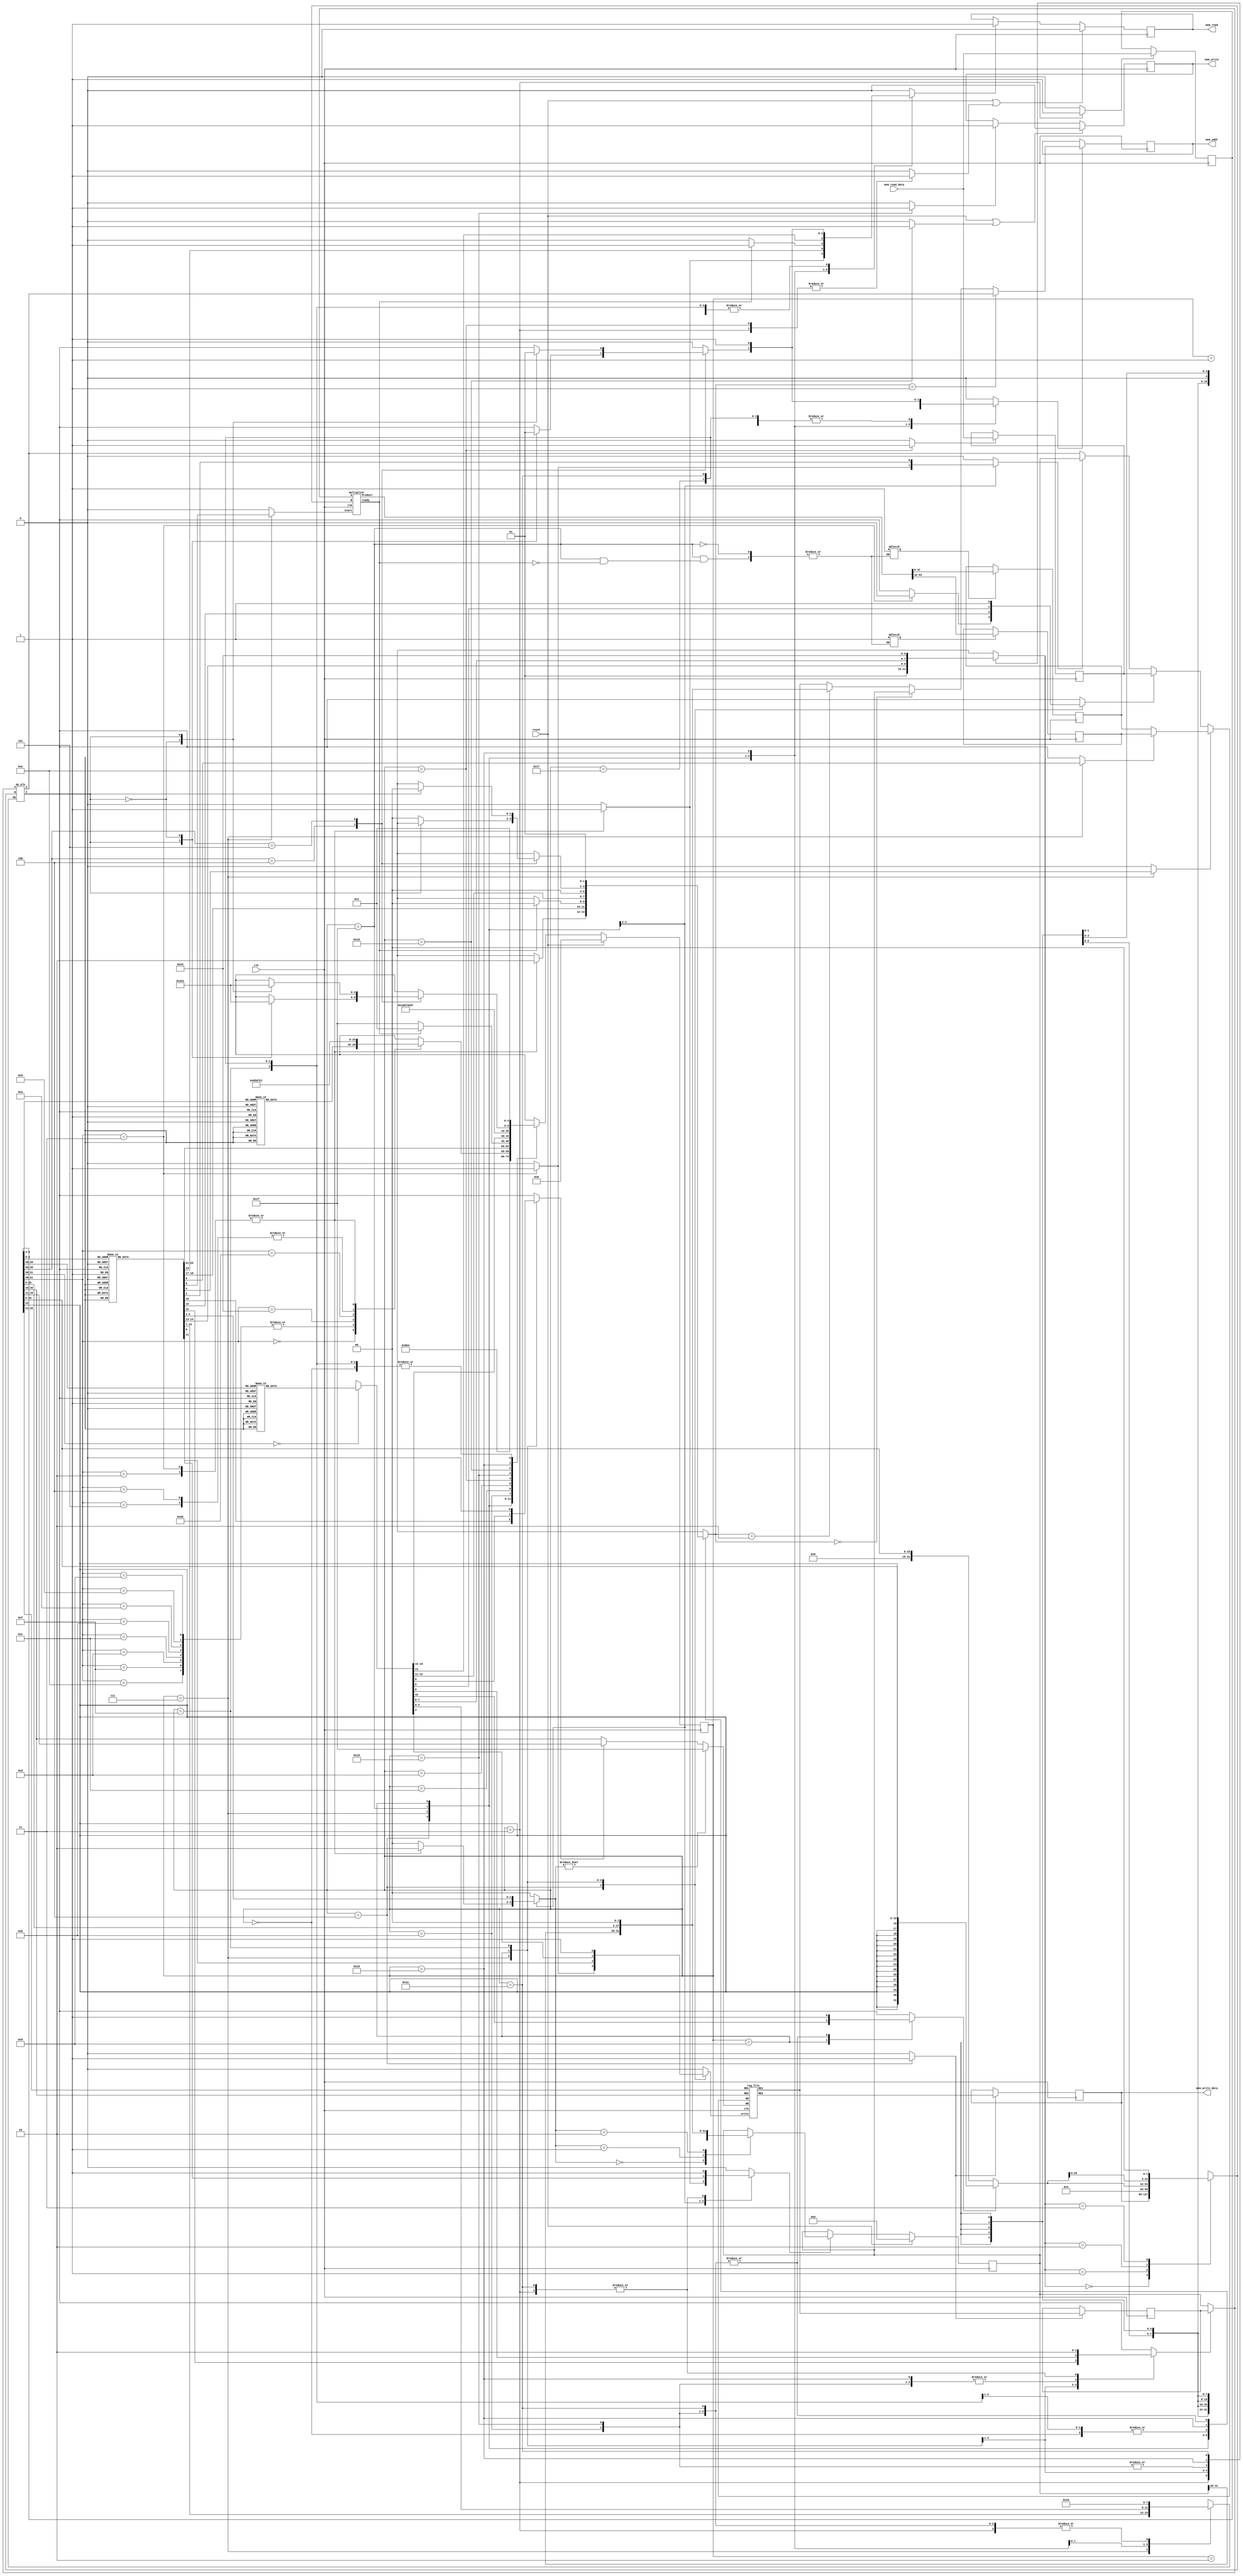

`timescale 1ns/100ps

   `define ADD  4'b0000
   `define SUB  4'b0001
   `define SLT  4'b0010
   `define SLTU 4'b0011
   `define AND  4'b0100
   `define XOR  4'b0101
   `define OR   4'b0110
   `define NOR  4'b0111
   `define LUI  4'b1000

module multi_cycle_mips(

   input clk,
   input reset,

   // Memory Ports
   output  [31:0] mem_addr,
   input   [31:0] mem_read_data,
   output  [31:0] mem_write_data,
   output         mem_read,
   output         mem_write
);

   // Data Path Registers
   reg MRE, MWE;
   reg [31:0] A, B, PC, IR, MDR, MAR;
   reg [31:0] hi , lo;

   // Data Path Control Lines, donot forget, regs are not always regs !!
   reg setMRE, clrMRE, setMWE, clrMWE;
   reg Awrt, Bwrt, RFwrt, PCwrt, IRwrt, MDRwrt, MARwrt , HIwrt , LOwrt;
   

   // Memory Ports Binding
   assign mem_addr = MAR;
   assign mem_read = MRE;
   assign mem_write = MWE;
   assign mem_write_data = B;

   // Mux & ALU Control Lines
   reg [3:0] aluOp;
   reg [1:0] aluSelB, IorD;
   reg [1:0] j;
   reg SgnExt, aluSelA, MemtoReg, RegDst , PCtoReg;
   reg ready,mult,HIorLO;

   // Wiring
   wire aluZero;
   wire [31:0] aluResult, rfRD1, rfRD2;
   wire ready1;
   wire [63:0]multu;

   // Clocked Registers
   always @( posedge clk ) begin
      if( reset )
         PC <= #0.1 32'h00000000;
      else if( PCwrt ) 
			case(j)
				2'b00: PC <= #0.1 aluResult;
				2'b01: PC <= #0.1 rfRD1;
				2'b10: PC <= #0.1 {PC[31:28],IR[25:0],2'b00};
			endcase
      if( Awrt ) A <= #0.1 rfRD1;
      if( Bwrt ) B <= #0.1 rfRD2;

      if( MARwrt ) MAR <= #0.1 (IorD==2'b01) ? aluResult :(IorD==2'b00)? PC :(IorD==2'b10)?{PC[31:28],IR[25:0],2'b00}: rfRD1;

      if( IRwrt ) IR <= #0.1 mem_read_data;
      if( MDRwrt ) MDR <= #0.1 mem_read_data;

      if( reset | clrMRE ) MRE <= #0.1 1'b0;
          else if( setMRE) MRE <= #0.1 1'b1;

      if( LOwrt ) lo <= #0.1 multu[31:0];
      if( HIwrt ) hi <= #0.1 multu[63:32];

      if( reset | clrMWE ) MWE <= #0.1 1'b0;
          else if( setMWE) MWE <= #0.1 1'b1;
   end

   // Register File
   reg_file rf(
      .clk( clk ),
      .write( RFwrt ),

      .RR1( IR[25:21] ),
      .RR2( IR[20:16] ),
      .RD1( rfRD1 ),
      .RD2( rfRD2 ),

      .WR(j ? 5'b11111 : (RegDst ? IR[15:11] : IR[20:16])  ),
      .WD(ready ? (HIorLO ? hi : lo) : (MemtoReg ? MDR : (PCtoReg ? PC : aluResult )) )
   );

   // Sign/Zero Extension
   wire [31:0] SZout = SgnExt ? {{16{IR[15]}}, IR[15:0]} : {16'h0000, IR[15:0]};

   // ALU-A Mux
   wire [31:0] aluA = aluSelA ? A : PC;

   // ALU-B Mux
   reg [31:0] aluB;
   always @(*)
   case (aluSelB)
      2'b00: aluB = B;
      2'b01: aluB = 32'h4;
      2'b10: aluB = SZout;
      2'b11: aluB = SZout << 2;
   endcase

   my_alu alu(
      .A( aluA ),
      .B( aluB ),
      .Op( aluOp ),
      .X( aluResult ),
      .Z( aluZero )
   );

    //mult

   multiplier my_multu(
	.clk(clk),
	.start(mult),
	.A(aluA),
	.B(aluB),
	.Product(multu),
	.ready(ready1)
    );

   // Controller Starts Here

   // Controller State Registers
   reg [4:0] state, nxt_state;

   // State Names & Numbers
   localparam
      RESET = 0, FETCH1 = 1, FETCH2 = 2, FETCH3 = 3, DECODE = 4,
      EX_ALU_R = 7, EX_ALU_I = 8,
      EX_LW_1 = 11, EX_LW_2 = 12, EX_LW_3 = 13, EX_LW_4 = 14, EX_LW_5 = 15,
      EX_SW_1 = 21, EX_SW_2 = 22, EX_SW_3 = 23,
      EX_BRA_1 = 25, EX_BRA_2 = 26,
      EX_ALU_R2 = 31, 
      EX_J = 30;

   // State Clocked Register 
   always @(posedge clk)
      if(reset)
         state <= #0.1 RESET;
      else
         state <= #0.1 nxt_state;

   task PrepareFetch;
      begin
         IorD = 2'b00;
         setMRE = 1;
         MARwrt = 1;
         nxt_state = FETCH1;
      end
   endtask

   // State Machine Body Starts Here
   always @( * ) begin

      nxt_state = 'bx;

      SgnExt = 'bx; IorD = 'bx;
      MemtoReg = 'bx; RegDst = 'bx;
      aluSelA = 'bx; aluSelB = 'bx; aluOp = 'bx;
      HIorLO = 'bx;

      PCwrt = 0;mult = 0;
      Awrt = 0; Bwrt = 0;
      RFwrt = 0; IRwrt = 0;
      MDRwrt = 0; MARwrt = 0;
      setMRE = 0; clrMRE = 0;
      setMWE = 0; clrMWE = 0;
      ready = 0; j = 0;PCtoReg = 0;
	   
      case(state)

         RESET:
            PrepareFetch;

         FETCH1:
            nxt_state = FETCH2;

         FETCH2:
            nxt_state = FETCH3;

         FETCH3: begin
            IRwrt = 1;
            PCwrt = 1;
            clrMRE = 1;
            aluSelA = 0;
            aluSelB = 2'b01;
            aluOp = `ADD;
            nxt_state = DECODE;
         end

         DECODE: begin
            Awrt = 1;
            Bwrt = 1;
            case( IR[31:26] )
               6'b000_000:             // R-format
                  case( IR[5:3] )
                     3'b000: ;
                     3'b001: nxt_state = EX_ALU_R;
                     3'b010: nxt_state = EX_ALU_R;
                     3'b011: nxt_state = EX_ALU_R;
                     3'b100: nxt_state = EX_ALU_R;
                     3'b101: nxt_state = EX_ALU_R;
                     3'b110: ;
                     3'b111: ;
                  endcase

               6'b001_000,             // addi
               6'b001_001,             // addiu
               6'b001_010,             // slti
               6'b001_011,             // sltiu
               6'b001_100,             // andi
               6'b001_101,             // ori
			   6'b001_111,			   //lui
               6'b001_110:             // xori
                  nxt_state = EX_ALU_I;

               6'b100_011:
                  nxt_state = EX_LW_1;

               6'b101_011:
                  nxt_state = EX_SW_1;

               6'b000_100,
               6'b000_101:
                  nxt_state = EX_BRA_1;
				  
				  
               6'b000_010:begin		//jump
					j = 2'b10;
					PCwrt = 1;
					IorD = 2'b10;
					setMRE = 1;
					MARwrt = 1;
					nxt_state = FETCH1;
				end
				
	       6'b000_011:begin           //jal
					ready = 0;
					MemtoReg = 0;
					PCtoReg = 1;
					j = 2'b10;
					RFwrt=1;
					IorD = 2'b10;
    				setMRE = 1;
   					MARwrt = 1;
    				PCwrt = 1;
    				nxt_state=FETCH1;
			end	  	
			    
                  

               // rest of instructiones should be decoded here

            endcase
         end

        EX_ALU_R: begin
                case( IR[5:0])
			6'b100_000,
			6'b100_001:begin   //add or addu
					aluOp = `ADD;
					RFwrt = 1'b1;
					aluSelA = 1'b1;
					aluSelB = 2'b00;
					MemtoReg = 1'b0;
					RegDst = 1'b1;
					PrepareFetch;	
				end
			6'b100_010,
			6'b100_011:begin    //sub or subu
					aluOp = `SUB;
					RFwrt = 1'b1;
					aluSelA = 1'b1;
					aluSelB = 2'b00;
					MemtoReg = 1'b0;
					RegDst = 1'b1;
					PrepareFetch;
				end
			6'b100_100:begin   //and
					aluOp = `AND;
					RFwrt = 1'b1;
					aluSelA = 1'b1;
					aluSelB = 2'b00;
					MemtoReg = 1'b0;
					RegDst = 1'b1;
					PrepareFetch;
				end
			6'b100_101:begin    //or
					aluOp = `OR;
					RFwrt = 1'b1;
					aluSelA = 1'b1;
					aluSelB = 2'b00;
					MemtoReg = 1'b0;
					RegDst = 1'b1;
					PrepareFetch;
				end
			6'b100_110:begin    //xor
					aluOp = `XOR;
					RFwrt = 1'b1;
					aluSelA = 1'b1;
					aluSelB = 2'b00;
					MemtoReg = 1'b0;
					RegDst = 1'b1;
					PrepareFetch;
				end
			6'b100_111:begin   // nor
					aluOp = `NOR;
					RFwrt = 1'b1;
					aluSelA = 1'b1;
					aluSelB = 2'b00;
					MemtoReg = 1'b0;
					RegDst = 1'b1;
					PrepareFetch;
				end
			6'b101_010:begin   // slt
					aluOp = `SLT;
					RFwrt = 1'b1;
					aluSelA = 1'b1;
					aluSelB = 2'b00;
					MemtoReg = 1'b0;
					RegDst = 1'b1;
					PrepareFetch;
				end
			6'b101_011:begin   // sltu
					aluOp = `SLTU;
					RFwrt = 1'b1;
					aluSelA = 1'b1;
					aluSelB = 2'b00;
					MemtoReg = 1'b0;
					RegDst = 1'b1;
					PrepareFetch;
				end
			6'b011_001:begin     //multu
					mult = 1;
					aluSelA = 1'b1;
					aluSelB = 2'b00;
					nxt_state = EX_ALU_R2;	
				end
			6'b010_000:begin   //mfhi
					HIorLO = 1;
					ready = 1;
					RFwrt = 1'b1;
					MemtoReg = 1'b0;
					RegDst = 1'b1;
					PrepareFetch;
				end
			6'b010_010:begin    //mflo
					HIorLO = 0;
					ready = 1;
					RFwrt = 1'b1;
					MemtoReg = 1'b0;
					RegDst = 1'b1;
					PrepareFetch;
				end
			6'b001_000:begin   //jr
					j = 2'b01;
					PCwrt = 1;
					IorD = 2'b11;
    				setMRE = 1;
    				MARwrt = 1;
					nxt_state = FETCH1;
				end
			6'b001_001:begin   //jalr
					j = 2'b01;
					PCwrt = 1;
					ready = 0;
					MemtoReg = 0;
					PCtoReg = 1;
					RFwrt = 1'b1;
					IorD = 2'b11;
    				setMRE = 1;
   					MARwrt = 1;
    				nxt_state=FETCH1;	 
				end
		endcase
	end

			EX_ALU_R2:begin
					mult = 0;
					if(!ready1)
						nxt_state = EX_ALU_R2;
					else
					begin
						HIwrt = 1;
						LOwrt = 1;
						PrepareFetch;end
				end
			

		
         

         EX_ALU_I: begin
            	case(IR[31:26])	
              			 
				 6'b001_000:begin             // addi 	
							aluOp = `ADD;
							RFwrt = 1'b1;
							aluSelA = 1'b1;
							aluSelB = 2'b10;
							MemtoReg = 1'b0;
							RegDst = 1'b0;
							SgnExt = 1'b1;
							PrepareFetch;	
						end  

           			   6'b001_001:begin             //  addiu	
							aluOp = `ADD;
							RFwrt = 1'b1;
							aluSelA = 1'b1;
							aluSelB = 2'b10;
							MemtoReg = 1'b0;
							RegDst = 1'b0;
							SgnExt = 1'b0;
							PrepareFetch;	
						end  

            			   6'b001_010:begin             // slti	
							aluOp = `SLT;
							RFwrt = 1'b1;
							aluSelA = 1'b1;
							aluSelB = 2'b10;
							MemtoReg = 1'b0;
							RegDst = 1'b0;
							SgnExt = 1'b1;
							PrepareFetch;	
						
						end
            			   6'b001_011:begin             // sltiu	
							aluOp = `SLTU;
							RFwrt = 1'b1;
							aluSelA = 1'b1;
							aluSelB = 2'b10;
							MemtoReg = 1'b0;
							RegDst = 1'b0;
							SgnExt = 1'b0;
							PrepareFetch;	

						end
            			   6'b001_100:begin             // andi	
							aluOp = `AND;
							RFwrt = 1'b1;
							aluSelA = 1'b1;
							aluSelB = 2'b10;
							MemtoReg = 1'b0;
							RegDst = 1'b0;
							SgnExt = 1'b0;
							PrepareFetch;

						end
             			  6'b001_101:begin             // ori	
							aluOp = `OR;
							RFwrt = 1'b1;
							aluSelA = 1'b1;
							aluSelB = 2'b10;
							MemtoReg = 1'b0;
							RegDst = 1'b0;
							SgnExt = 1'b0;
							PrepareFetch;

						end
              			 6'b001_110:begin             // xori	
							aluOp = `XOR;
							RFwrt = 1'b1;
							aluSelA = 1'b1;
							aluSelB = 2'b10;
							MemtoReg = 1'b0;
							RegDst = 1'b0;
							SgnExt = 1'b0;
							PrepareFetch;	
	
						end
						
						6'b001_111:begin        //lui	
							aluOp = `LUI;
							RFwrt = 1'b1;
							aluSelA = 1'b1;
							aluSelB = 2'b10;
							MemtoReg = 1'b0;
							RegDst = 1'b0;
							SgnExt = 1'b0;
							PrepareFetch;
						end
		endcase
         end

         EX_LW_1: begin
            		MARwrt = 1'b1;
			aluSelA = 1'b1;
			aluSelB = 2'b10;
			SgnExt = 1'b1;
			setMRE = 1'b1;
			IorD = 2'b01;
			aluOp = `ADD;
			nxt_state = EX_LW_2;

         end

	     EX_LW_2: begin
		nxt_state = EX_LW_3;
	 end
	
	     EX_LW_3:begin
		nxt_state = EX_LW_4;
	 end

	     EX_LW_4:begin
		MDRwrt = 1'b1;
		clrMRE = 1'b1;
		nxt_state = EX_LW_5;
	 end

	     EX_LW_5:begin
		MemtoReg = 1'b1;
		RegDst = 1'b0;
		MDRwrt = 1'b0;
		RFwrt = 1'b1;
		PrepareFetch;
	 end

         EX_SW_1: begin
            	MARwrt = 1'b1;
		aluSelA = 1'b1;
		aluSelB = 2'b10;
		SgnExt = 1'b1;
		setMWE = 1'b1;
		IorD = 2'b01;
		aluOp = `ADD;
		nxt_state = EX_SW_2;
         end

	     EX_SW_2:begin
		clrMWE = 1'b1;
		nxt_state = EX_SW_3;
	 end	
	
	     EX_SW_3:begin
		PrepareFetch;
	 end

         EX_BRA_1: begin
  	        aluOp = `SUB;
		aluSelA = 1'b1;
		aluSelB = 2'b00;
		case( IR[28:26])
			3'b100:
				case(aluZero)
						1'b1 : nxt_state = EX_BRA_2;
						1'b0 : PrepareFetch;
				endcase
			3'b101:
				case(aluZero)
						1'b0 : nxt_state = EX_BRA_2;
						1'b1 : PrepareFetch;
				endcase
		endcase
         end
	     EX_BRA_2: begin
		PCwrt = 1'b1;
		MARwrt = 1'b1;
		aluOp = `ADD;
		aluSelA = 1'b0;
		aluSelB = 2'b11;
		SgnExt = 1'b1;
		setMRE = 1'b1;
		IorD = 2'b01;
		nxt_state = FETCH1;
	end
      

	  
	  endcase

   end

endmodule

//==============================================================================

module my_alu(
   input [3:0] Op,
   input [31:0] A,
   input [31:0] B,

   output [31:0] X,
   output        Z
);

   wire sub = Op != `ADD;

   wire [31:0] bb = sub ? ~B : B;

   wire [32:0] sum = A + bb + sub;

   wire sltu = ! sum[32];

   wire v = sub ? 
        ( A[31] != B[31] && A[31] != sum[31] )
      : ( A[31] == B[31] && A[31] != sum[31] );

   wire slt = v ^ sum[31];

   reg [31:0] x;

   always @( * )
      case( Op )
         `ADD : x = sum;
         `SUB : x = sum;
         `SLT : x = slt;
         `SLTU: x = sltu;
         `AND : x =   A & B;
         `OR  : x =   A | B;
         `NOR : x = ~(A | B);
         `XOR : x =   A ^ B;
		 `LUI : x = {B[15:0] , 16'h0000};
         default : x = 32'hxxxxxxxx;
      endcase

   assign #2 X = x;
   assign #2 Z = x == 32'h00000000;

endmodule

//==============================================================================

module reg_file(
   input clk,
   input write,
   input [4:0] WR,
   input [31:0] WD,
   input [4:0] RR1,
   input [4:0] RR2,
   output [31:0] RD1,
   output [31:0] RD2
);

   reg [31:0] rf_data [0:31];

   assign #2 RD1 = rf_data[ RR1 ];
   assign #2 RD2 = rf_data[ RR2 ];   

   always @( posedge clk ) begin
      if ( write )
         rf_data[ WR ] <= WD;

      rf_data[0] <= 32'h00000000;
   end

endmodule

//==============================================================================

//==============================================================================
module multiplier(
//-----------------------Port directions and deceleration
   input clk,  
   input start,
   input [31:0] A, 
   input [31:0] B, 
   output reg [63:0] Product,
   output ready
    );



//------------------------------------------------------

//----------------------------------- register deceleration
reg [63:0] Multiplicand ;
reg [31:0]  Multiplier;
reg [5:0]  counter;
//-------------------------------------------------------

//------------------------------------- wire deceleration
wire product_write_enable;
wire [63:0] adder_output;
//---------------------------------------------------------

//-------------------------------------- combinational logic
assign adder_output = Multiplicand + Product;
assign product_write_enable = Multiplier[0];
assign ready = counter[5];
//---------------------------------------------------------

//--------------------------------------- sequential Logic
always @ (posedge clk)

   if(start) begin
      counter <= 6'b000000 ;
      Multiplier <= B;
      Product <= 64'h0000000000000000;
      Multiplicand <= {32'h00000000, A} ;
   end

   else if(! ready) begin
         counter <= counter + 1;
         Multiplier <= Multiplier >> 1;
         Multiplicand <= Multiplicand << 1;

      if(product_write_enable)
         Product <= adder_output;
   end   

endmodule